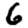
Digit: 6